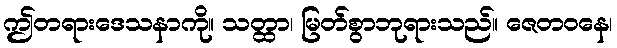
ဤတရားဒေသနာကို။ သတ္ထာ၊ မြတ်စွာဘုရားသည်။ ဇေတဝနေ၊